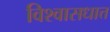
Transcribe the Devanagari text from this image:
विश्वासधात्त